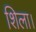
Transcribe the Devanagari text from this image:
शिला।